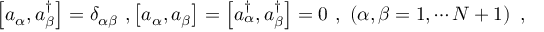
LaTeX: \left[ a _ { \alpha } , a _ { \beta } ^ { \dagger } \right] = \delta _ { \alpha \beta } \ , \left[ a _ { \alpha } , a _ { \beta } \right] = \left[ a _ { \alpha } ^ { \dagger } , a _ { \beta } ^ { \dagger } \right] = 0 \ , \ \left( \alpha , \beta = 1 , \cdots N + 1 \right) \ ,